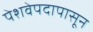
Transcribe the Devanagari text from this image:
पेशवेपदापासून